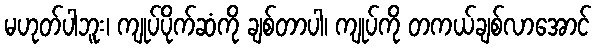
မဟုတ်ပါဘူး၊ ကျုပ်ပိုက်ဆံကို ချစ်တာပါ၊ ကျုပ်ကို တကယ်ချစ်လာအောင်